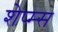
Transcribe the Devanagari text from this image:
शेप्म्स